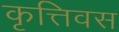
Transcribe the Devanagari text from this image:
कृत्तिवस